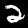
Label: 2